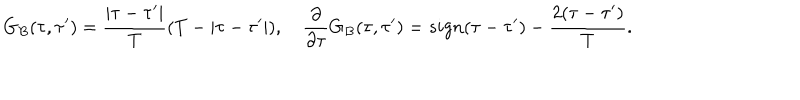
LaTeX: G _ { B } ( \tau , \tau ^ { \prime } ) = \frac { | \tau - \tau ^ { \prime } | } { T } ( T - | \tau - \tau ^ { \prime } | ) , \quad \frac { \partial } { \partial \tau } G _ { B } ( \tau , \tau ^ { \prime } ) = s i g n ( \tau - \tau ^ { \prime } ) - { \frac { 2 ( \tau - \tau ^ { \prime } ) } { T } } .